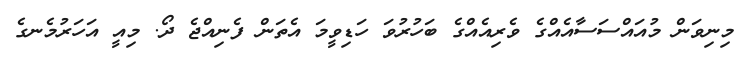
މިނިވަން މުއައްސަސާއެއްގެ ވެރިއެއްގެ ބަހުރުވަ ހަޑިވީމަ އެތަން ފެނިއްޖެ ދޯ. މިއީ އަހަރުމެނގެ